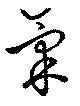
氣